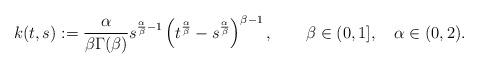
LaTeX: \begin{align*}k(t,s):=\frac{\alpha}{\beta\Gamma(\beta)}s^{\frac{\alpha}{\beta}-1}\left(t^{\frac{\alpha}{\beta}}-s^{\frac{\alpha}{\beta}} \right)^{\beta-1},\qquad\beta\in(0,1],\quad\alpha\in(0,2).\end{align*}